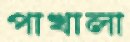
পাখালা